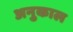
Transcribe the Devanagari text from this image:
अनुकाल